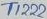
Text: T1222